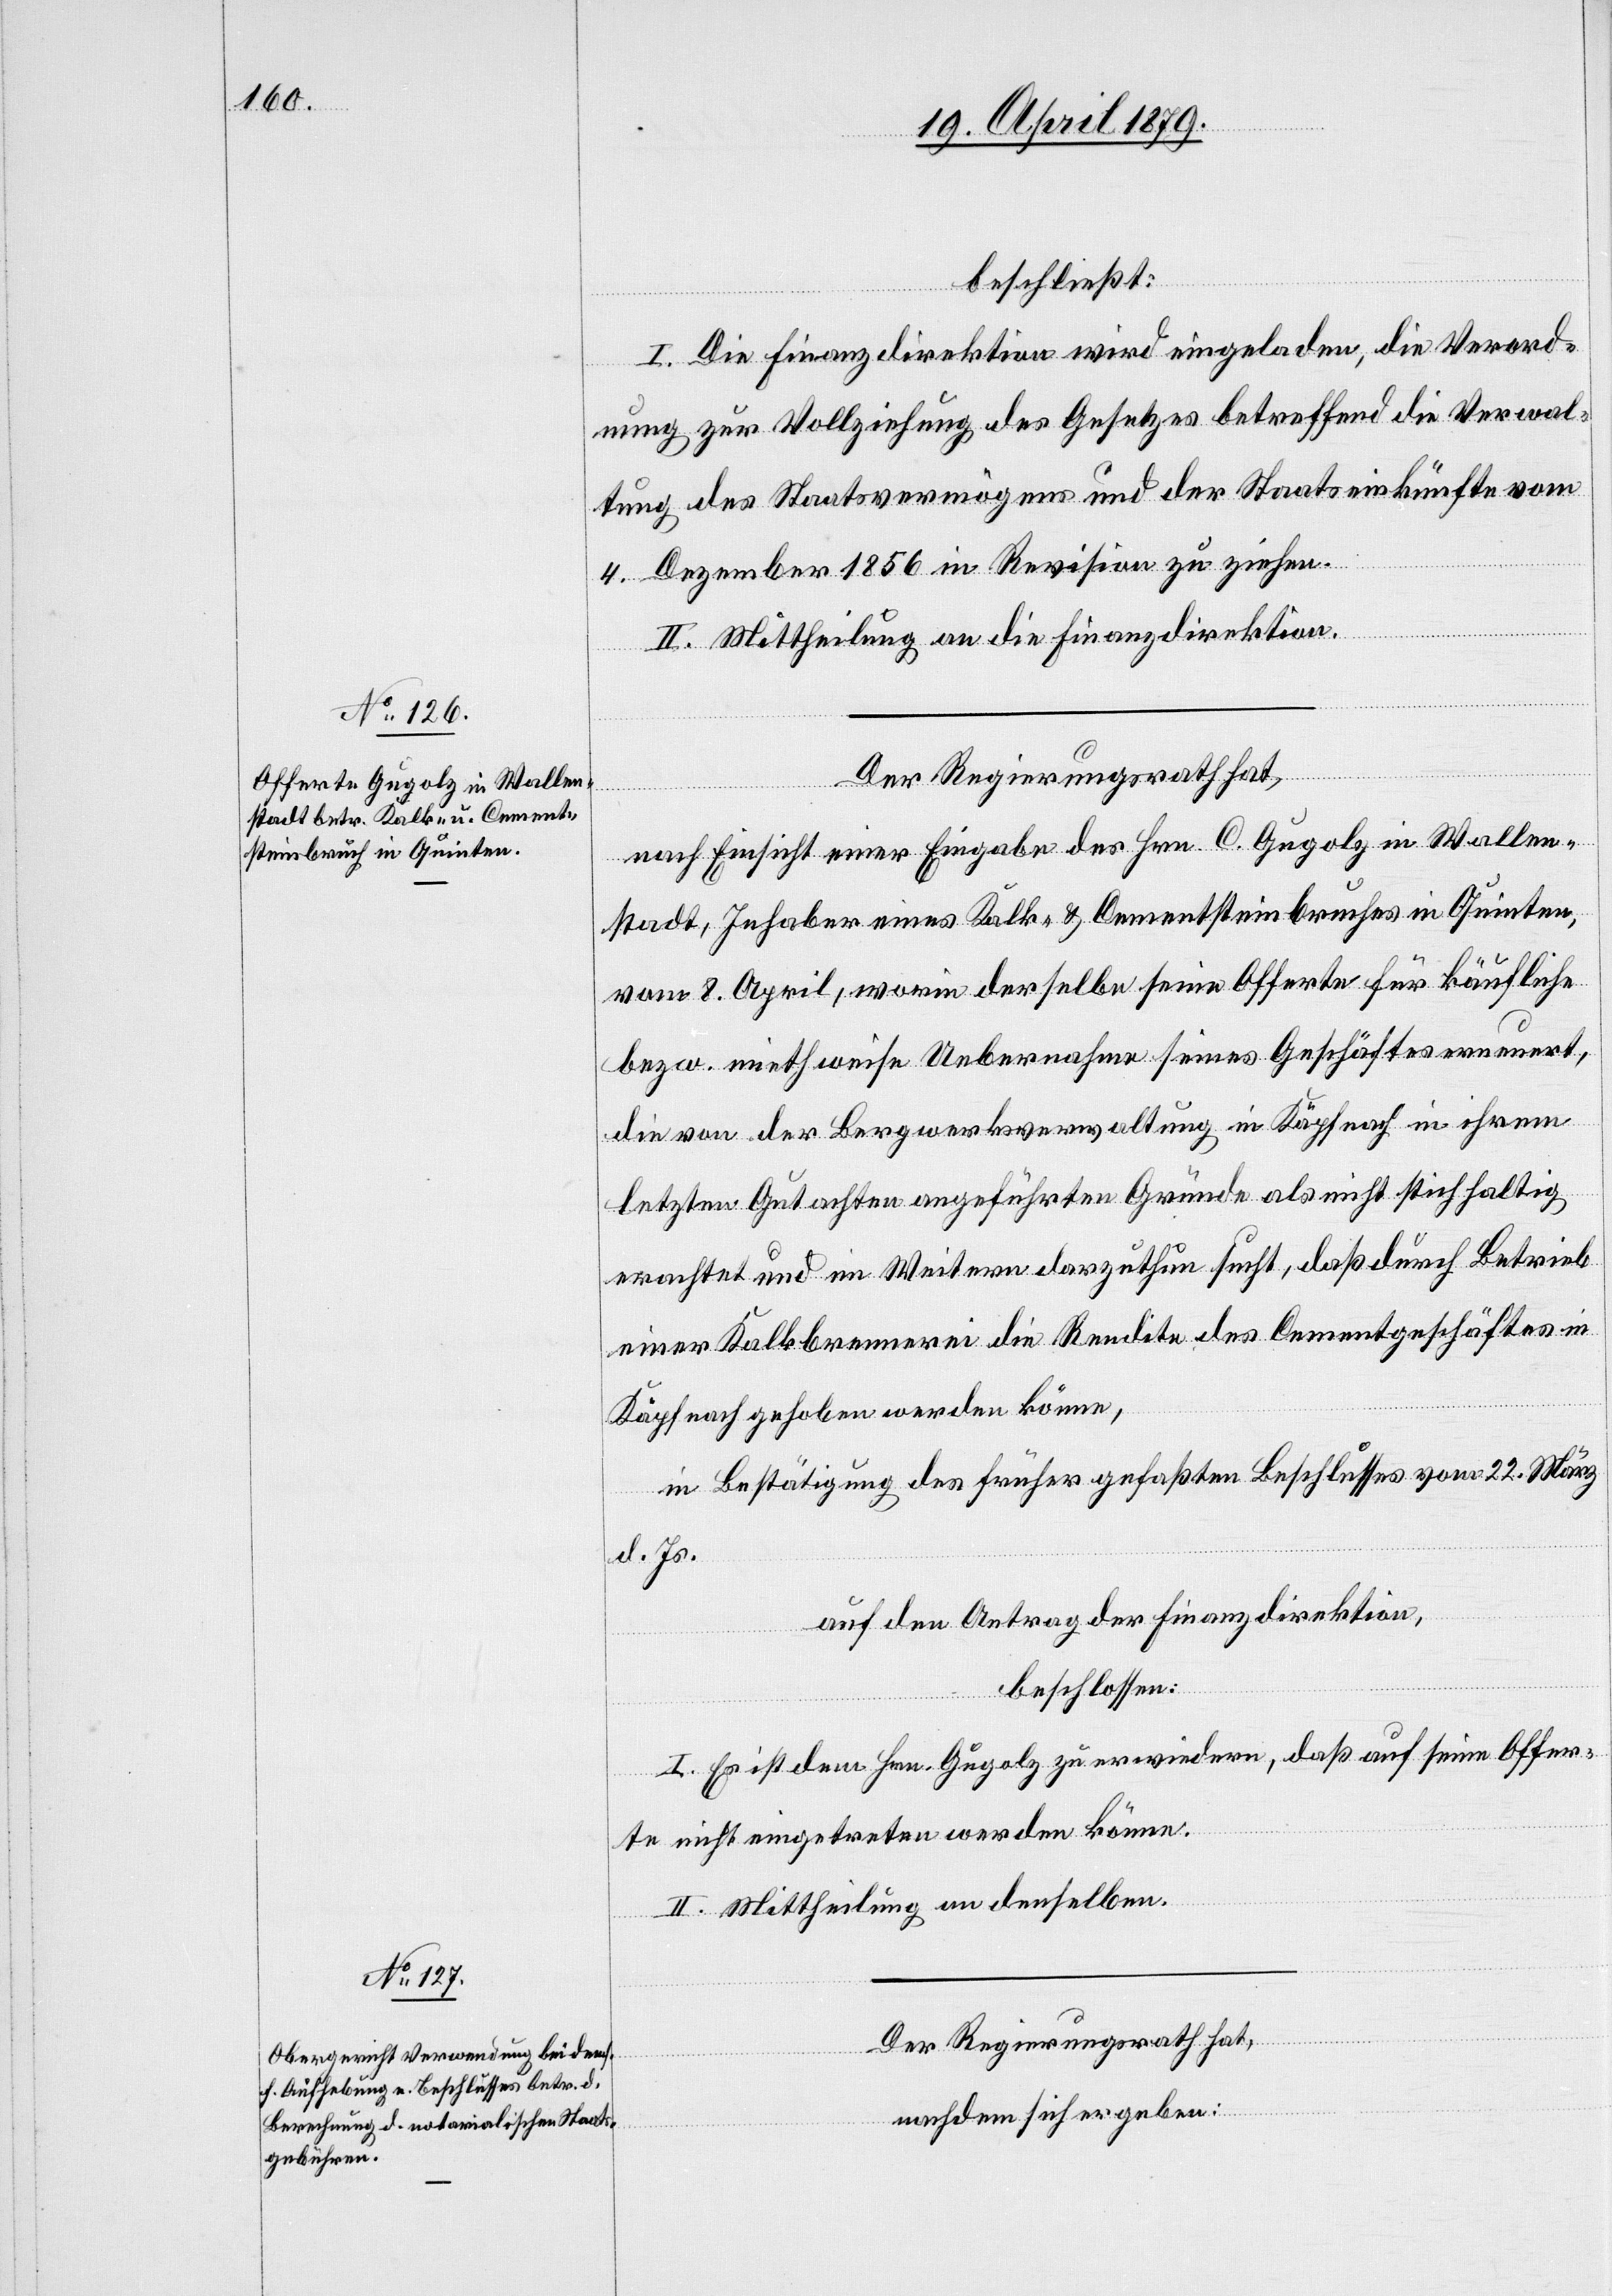
beschließt:
I. Die Finanzdirektion wird eingeladen, die Verord¬
nung zur Vollziehung des Gesetzes betreffend die Verwal¬
tung des Staatsvermögens und der Staatseinkünfte vom
4. Dezember 1856 in Revision zu ziehen.
II. Mittheilung an die Finanzdirektion.
Der Regierungsrath hat,
nach Einsicht einer Eingabe des Hrn. C. Gugolz in Wallen¬
stadt, Inhaber eines Kalk- & Cementsteinbruches in Quinten,
vom 8. April, worin derselbe seine Offerte für käufliche
bezw. miethweise Uebernahme seines Geschäftes erneuert,
die von der Bergwerksverwaltung in Käpfnach in ihrem
letzten Gutachten angeführten Gründe als nicht stichhaltig
erachtet und im Weitern darzuthun sucht, daß durch Betrieb
einer Kalkbrennerei die Rendite des Cementgeschäftes in
Käpfnach gehoben werden könne,
in Bestätigung des früher gefaßten Beschlusses vom 22. März
d. Js.
auf den Antrag der Finanzdirektion,
beschlossen:
I. Es ist dem Hrn. Gugolz zu erwiedern, daß auf seine Offer¬
te nicht eingetreten werden könne.
II. Mittheilung an denselben.
Der Regierungsrath hat,
nachdem sich ergeben: